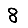
Digit: 8